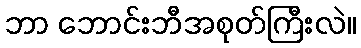
ဘာ ဘောင်းဘီအစုတ်ကြီးလဲ။